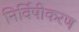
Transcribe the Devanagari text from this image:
निर्विषीकरण